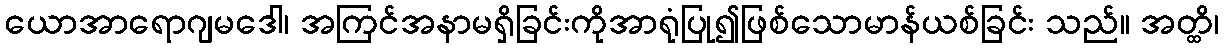
ယောအာရောဂျမဒေါ၊ အကြင်အနာမရှိခြင်းကိုအာရုံပြု၍ဖြစ်သောမာန်ယစ်ခြင်း သည်။ အတ္ထိ၊